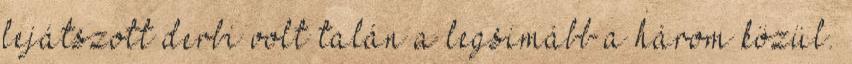
lejátszott derbi volt talán a legsimább a három közül.